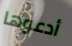
أدعوها